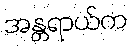
အန္တရာယ်က